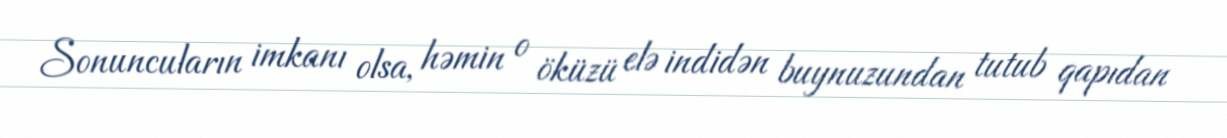
Sonuncuların imkanı olsa, həmin o öküzü elə indidən buynuzundan tutub qapıdan